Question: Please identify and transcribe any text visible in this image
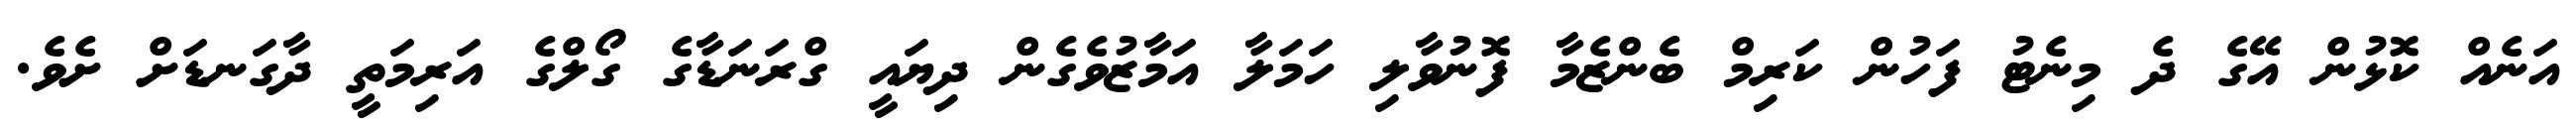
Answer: އަނެއް ކޮޅުން އޭގެ ދެ މިނެޓު ފަހުން ކަރިމް ބެންޒެމާ ފޮނުވާލި ހަމަލާ އަމާޒުވެގެން ދިޔައީ ގްރަނަޑާގެ ގޯލްގެ އަރިމަތީ ދާގަނޑަށް ށެވެ.